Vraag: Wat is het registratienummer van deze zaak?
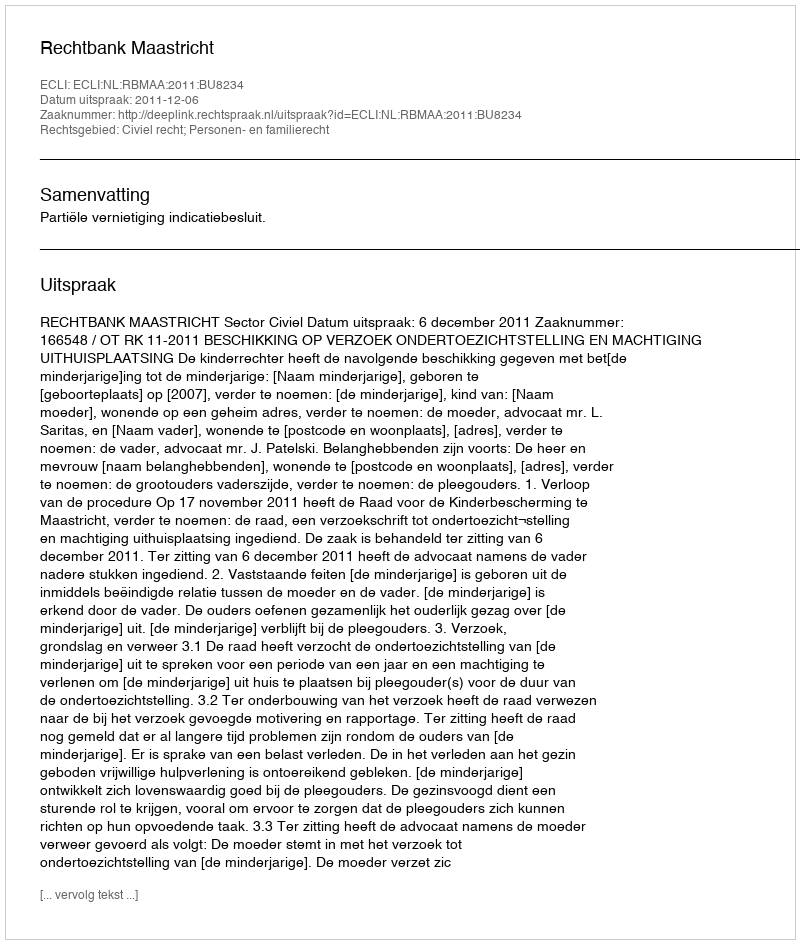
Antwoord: http://deeplink.rechtspraak.nl/uitspraak?id=ECLI:NL:RBMAA:2011:BU8234